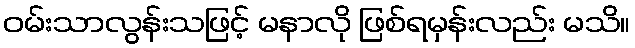
ဝမ်းသာလွန်းသဖြင့် မနာလို ဖြစ်ရမှန်းလည်း မသိ။